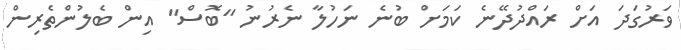
ވަރުގަދަ އަށް ރައްދުދޭނެ ކަމަށް ބުނެ ނަހުލާ ނެރުނު "ބޮސް" އިން ބެލުންތެރިން